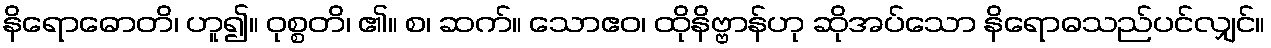
နိရောဓောတိ၊ ဟူ၍။ ဝုစ္စတိ၊ ၏။ စ၊ ဆက်။ သောဧဝ၊ ထိုနိဗ္ဗာန်ဟု ဆိုအပ်သော နိရောဓသည်ပင်လျှင်။